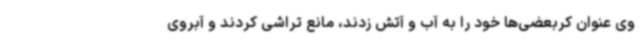
وی عنوان کربعضی‌ها خود را به آب و آتش زدند، مانع تراشی کردند و آبروی